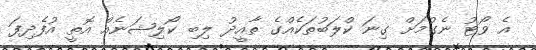
އެ ވޯޓު ނެގުމަށް ގިނަ ކްލަބުތަކެއްގެ ތާއީދު ލިބި ކޯލިޝަނެއް އޮތީ އުފެދިފަ